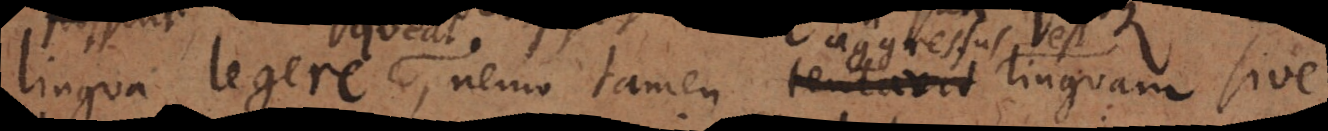
lingua legere queat; nemo tamen aggressus est linguam sive